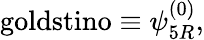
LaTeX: \mathrm{goldstino}\equiv\psi_{5R}^{(0)},